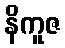
နိကူဇ